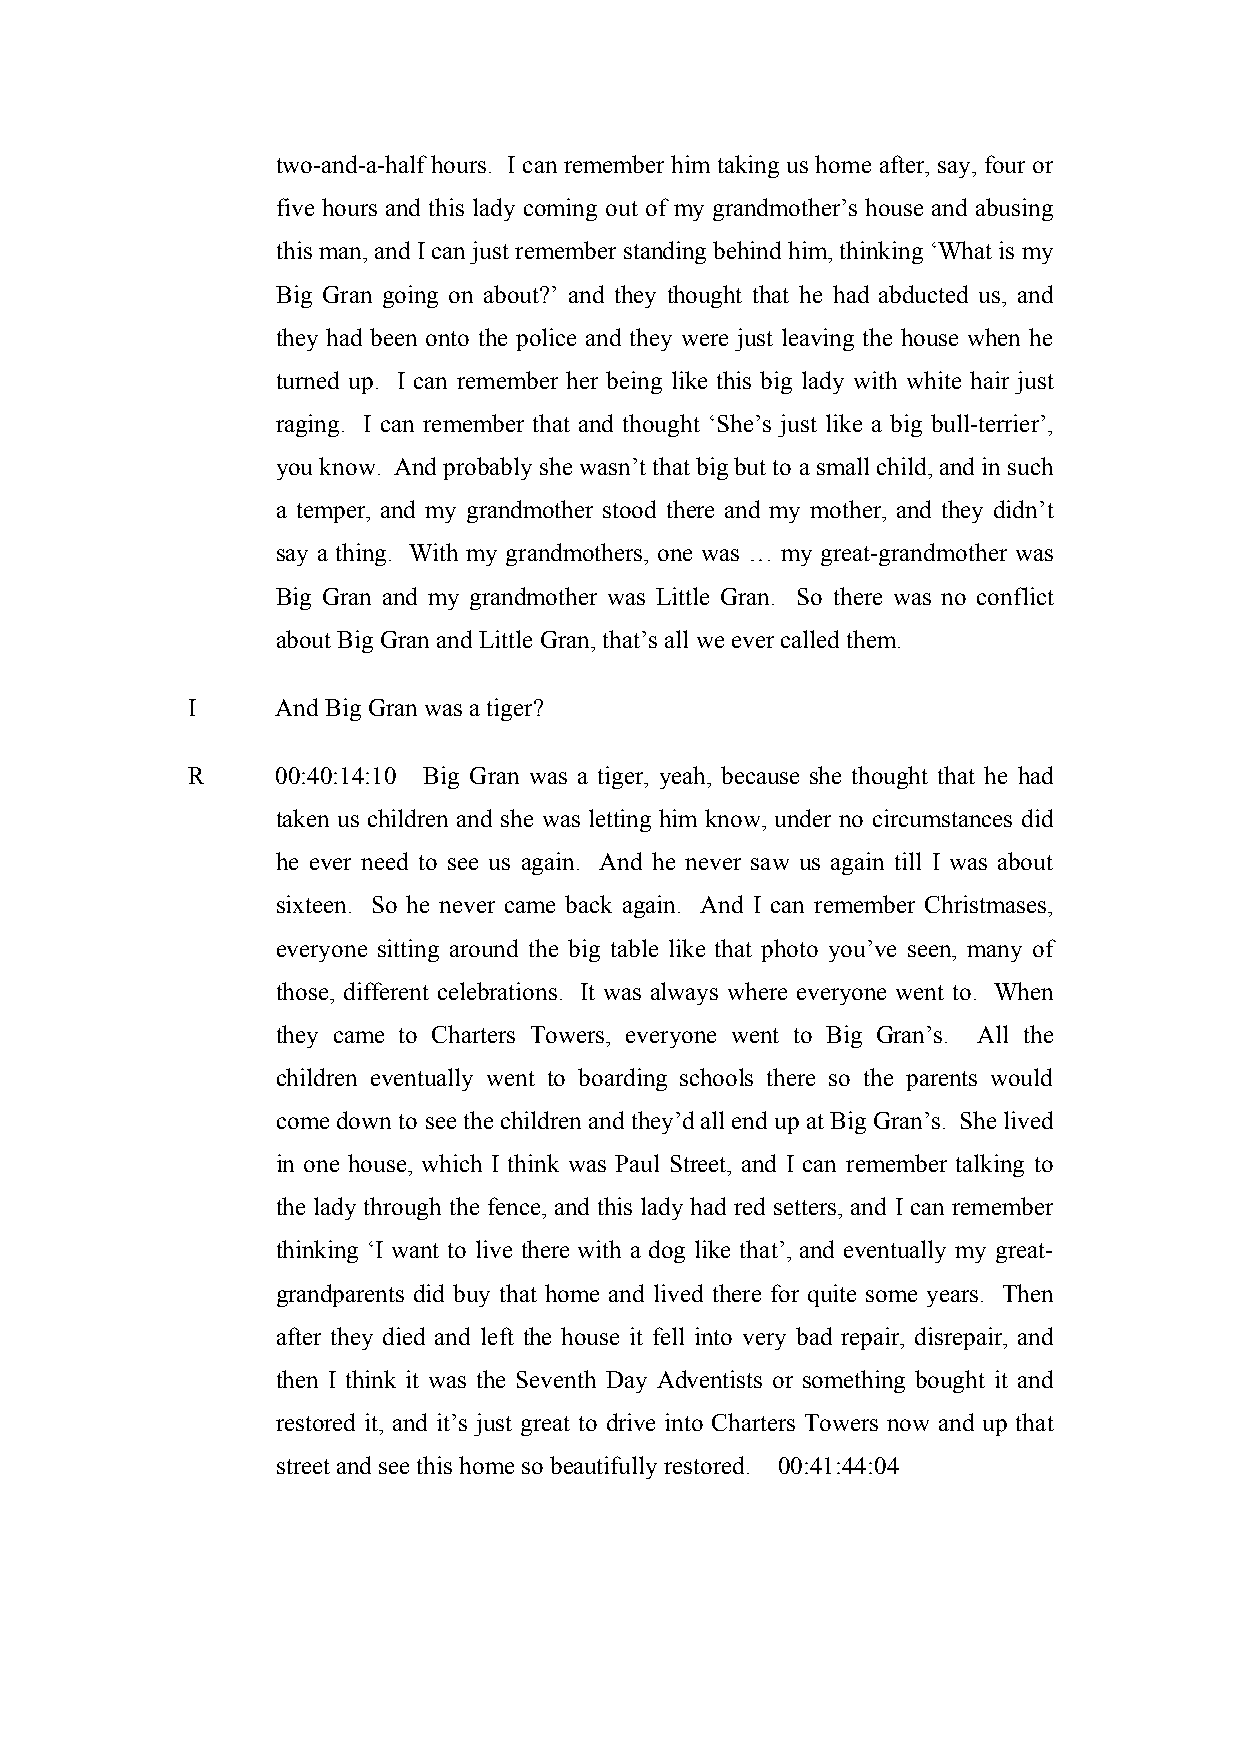
two-and-a-half hours. I can remember him taking us home after, say, four or
 five hours and this lady coming out of my grandmother’s house and abusing
 this man, and I can just remember standing behind him, thinking ‘What is my
 Big Gran going on about?’ and they thought that he had abducted us, and
 they had been onto the police and they were just leaving the house when he
 turned up. I can remember her being like this big lady with white hair just
 raging. I can remember that and thought ‘She’s just like a big bull-terrier’,
 you know. And probably she wasn’t that big but to a small child, and in such
 a temper, and my grandmother stood there and my mother, and they didn’t
 say a thing. With my grandmothers, one was … my great-grandmother was
 Big Gran and my grandmother was Little Gran. So there was no conflict
 about Big Gran and Little Gran, that’s all we ever called them.
 I     And Big Gran was a tiger?
 R     00:40:14:10 Big Gran was a tiger, yeah, because she thought that he had
 taken us children and she was letting him know, under no circumstances did
 he ever need to see us again. And he never saw us again till I was about
 sixteen. So he never came back again. And I can remember Christmases,
 everyone sitting around the big table like that photo you’ve seen, many of
 those, different celebrations. It was always where everyone went to. When
 they came to Charters Towers, everyone went to Big Gran’s. All the
 children eventually went to boarding schools there so the parents would
 come down to see the children and they’d all end up at Big Gran’s. She lived
 in one house, which I think was Paul Street, and I can remember talking to
 the lady through the fence, and this lady had red setters, and I can remember
 thinking ‘I want to live there with a dog like that’, and eventually my great-
 grandparents did buy that home and lived there for quite some years. Then
 after they died and left the house it fell into very bad repair, disrepair, and
 then I think it was the Seventh Day Adventists or something bought it and
 restored it, and it’s just great to drive into Charters Towers now and up that
 street and see this home so beautifully restored. 00:41:44:04